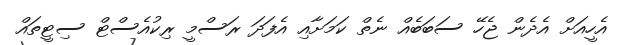
އެހީއަށް އެދެން ޖެހޭ ސަބަބެއް ނެތް ކަމަށާއި އެފަދަ ރަސްމީ ރިކުއެސްޓް ސިޓީތައް